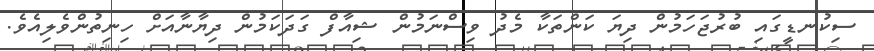
ސިކުނޑީގައި ބުރުޖަހަމުން ދިޔަ ކަންތަކާ މެދު ވިސްނަމުން ޝިއާފް ގަދަކަމުން ދިޔާނާއަށް ހިނިތުންވެލިއެވެ.